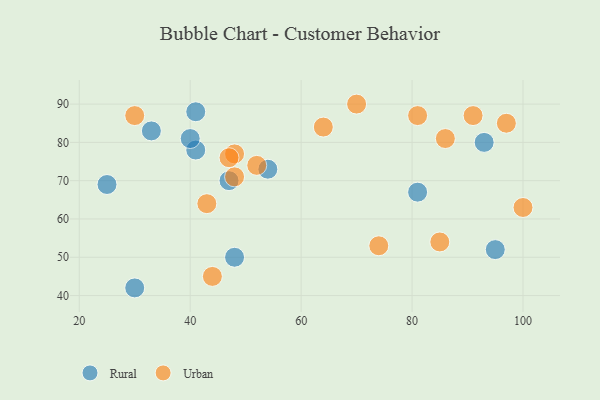
{"axis": {"x": "GDP", "y": "Life Expectancy"}, "legend": ["Rural", "Urban"], "data": [{"x": "48", "y": 50, "type": "Rural"}, {"x": "54", "y": 73, "type": "Rural"}, {"x": "41", "y": 78, "type": "Rural"}, {"x": "47", "y": 70, "type": "Rural"}, {"x": "93", "y": 80, "type": "Rural"}, {"x": "95", "y": 52, "type": "Rural"}, {"x": "25", "y": 69, "type": "Rural"}, {"x": "40", "y": 81, "type": "Rural"}, {"x": "81", "y": 67, "type": "Rural"}, {"x": "41", "y": 88, "type": "Rural"}, {"x": "33", "y": 83, "type": "Rural"}, {"x": "30", "y": 42, "type": "Rural"}, {"x": "48", "y": 77, "type": "Urban"}, {"x": "74", "y": 53, "type": "Urban"}, {"x": "48", "y": 71, "type": "Urban"}, {"x": "100", "y": 63, "type": "Urban"}, {"x": "86", "y": 81, "type": "Urban"}, {"x": "43", "y": 64, "type": "Urban"}, {"x": "30", "y": 87, "type": "Urban"}, {"x": "97", "y": 85, "type": "Urban"}, {"x": "91", "y": 87, "type": "Urban"}, {"x": "85", "y": 54, "type": "Urban"}, {"x": "64", "y": 84, "type": "Urban"}, {"x": "52", "y": 74, "type": "Urban"}, {"x": "81", "y": 87, "type": "Urban"}, {"x": "70", "y": 90, "type": "Urban"}, {"x": "44", "y": 45, "type": "Urban"}, {"x": "47", "y": 76, "type": "Urban"}]}